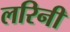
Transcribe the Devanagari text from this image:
लरिनी